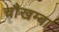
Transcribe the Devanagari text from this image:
चाैखम्बा